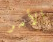
الأمر